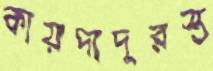
কায়দাদুরস্ত